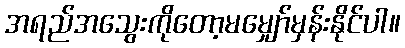
အရည်အသွေးကိုတော့မမျှော်မှန်းနိုင်ပါ။